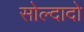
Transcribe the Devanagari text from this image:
सोल्दादो